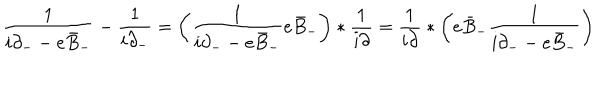
\frac { 1 } { i \partial _ { - } - e \bar { B } _ { - } } - \frac { 1 } { i \partial _ { - } } = \left( \frac { 1 } { i \partial _ { - } - e \bar { B } _ { - } } e \bar { B } _ { - } \right) * \frac { 1 } { i \partial } = \frac { 1 } { i \partial } \ast \left( e \bar { B } _ { - } \frac { 1 } { i \partial _ { - } - e \bar { B } _ { - } } \right) \,